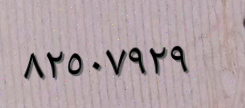
٨٢٥٠٧٩٢٩